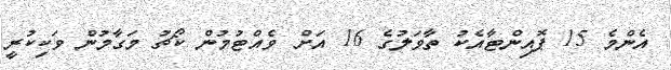
އެންމެ 15 ޕޮއިންޓާއެކު ތާވަލުގެ 16 އަށް ވެއްޓުމުން ކޯޗު މަގާމުން ވަކިކުރީ